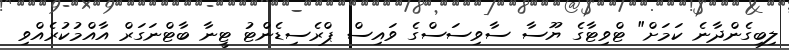
ލިބިގެންދާނެ ކަމަށް" ޓްވިޓާގެ ޔޫސާ ސާވިސަސްގެ ވައިސް ޕްރެސިޑެންޓު ޓީނާ ބާޓްނަގަރް އާއްމުކުރެއްވި